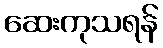
ဆေးကုသရန်